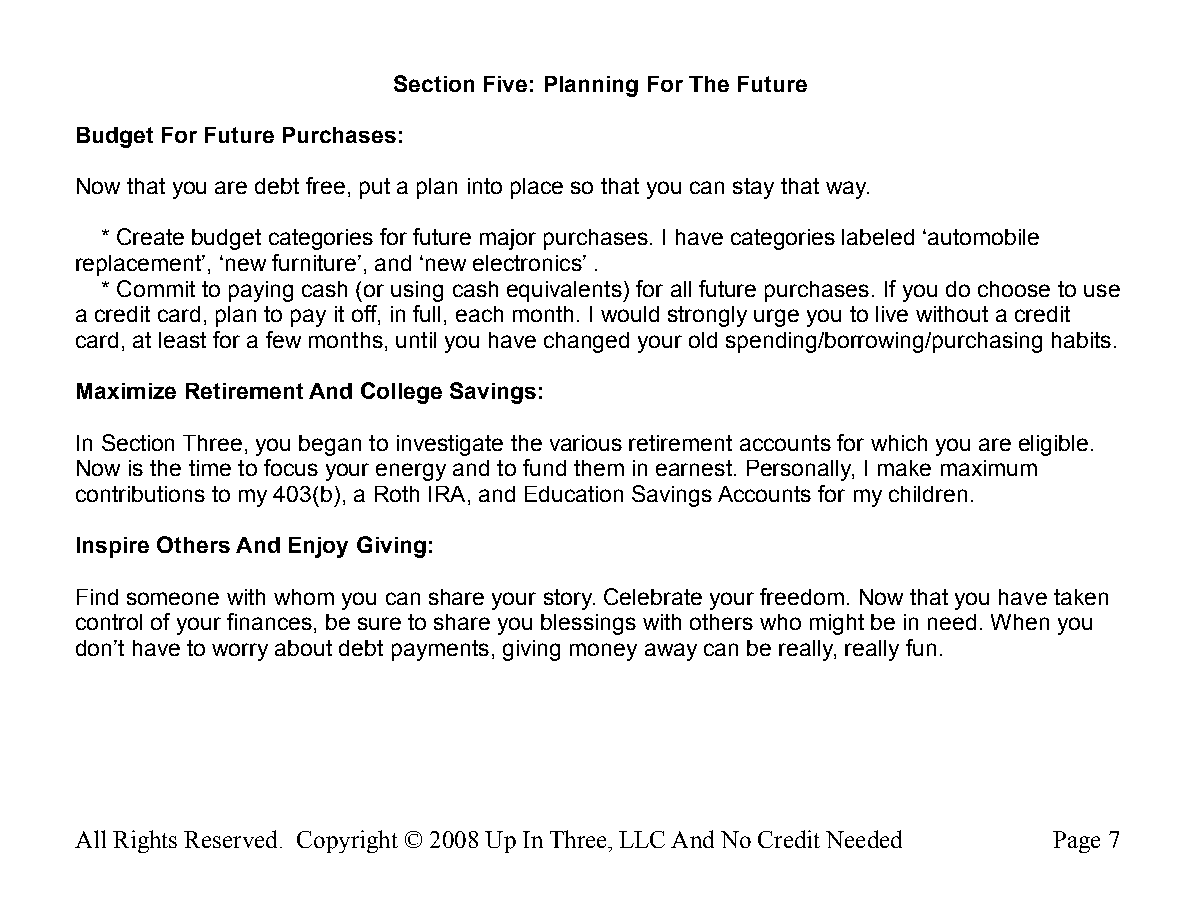
Section Five: Planning For The Future
 Budget For Future Purchases:
 Now that you are debt free, put a plan into place so that you can stay that way.
 * Create budget categories for future major purchases. I have categories labeled ‘automobile
 replacement’, ‘new furniture’, and ‘new electronics’ .
 * Commit to paying cash (or using cash equivalents) for all future purchases. If you do choose to use
 a credit card, plan to pay it off, in full, each month. I would strongly urge you to live without a credit
 card, at least for a few months, until you have changed your old spending/borrowing/purchasing habits.
 Maximize Retirement And College Savings:
 In Section Three, you began to investigate the various retirement accounts for which you are eligible.
 Now is the time to focus your energy and to fund them in earnest. Personally, I make maximum
 contributions to my 403(b), a Roth IRA, and Education Savings Accounts for my children.
 Inspire Others And Enjoy Giving:
 Find someone with whom you can share your story. Celebrate your freedom. Now that you have taken
 control of your finances, be sure to share you blessings with others who might be in need. When you
 don’t have to worry about debt payments, giving money away can be really, really fun.
 All Rights Reserved. Copyright © 2008 Up In Three, LLC And No Credit Needed Page 7